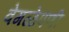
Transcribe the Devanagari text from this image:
वेगळेपणी